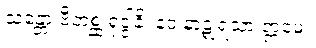
သန္တော ဗီဘစ္ဆ ရုဒ္ဒါနိ၊ နဝ နာဋျရသာ ဣမေ။